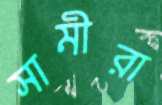
সামীরা